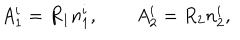
A _ { 1 } ^ { i } = R _ { 1 } n _ { 1 } ^ { i } , \qquad A _ { 2 } ^ { i } = R _ { 2 } n _ { 2 } ^ { i } ,